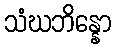
သံဃဘိန္နော